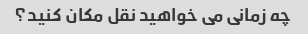
چه زمانی می خواهید نقل مکان کنید؟